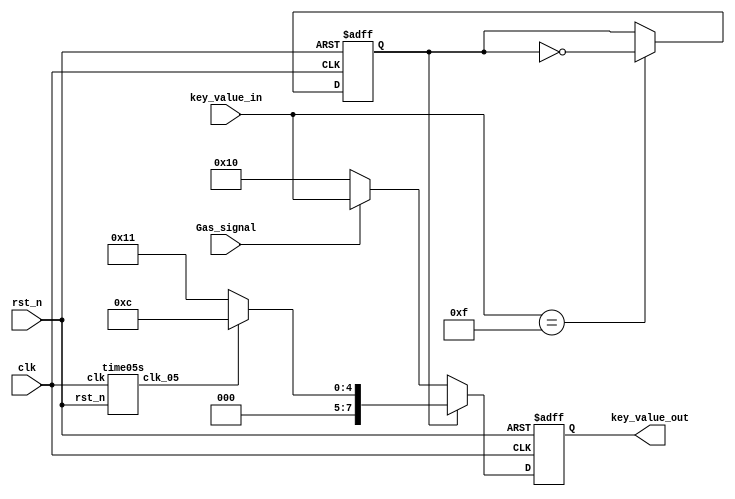
module automation(
							clk,
							rst_n,
							Gas_signal,
							key_value_in,
							key_value_out
						);
						
	input clk;
	input rst_n;
	input Gas_signal;
	input [7:0] key_value_in;
	output [7:0] key_value_out;
	
	wire clk,rst_n;
	
	wire Gas_signal; //
	
	wire [7:0] key_value_in;
	
	reg [7:0] key_value_out;
	
	wire clk_05;
	
	reg stat;
	
	//0.5
	time05s time05s(
							.clk(clk), //50MHz
							.rst_n(rst_n),
							.clk_05(clk_05)
						);
						
	always@(posedge clk or negedge rst_n) begin
		if(!rst_n) begin
			stat <= 0;
			end
		else if(key_value_in == 8'd15)
		   stat <= ! stat;
		else 
			stat <= stat;
	end
	
	
	always@(posedge clk or negedge rst_n) begin
		if(!rst_n) begin
			key_value_out <= 8'd17; //
			end
			
		else if(stat)  //
			if(clk_05) 
				key_value_out <= 8'd12; //
			else 
				key_value_out <= 8'd17; //
				
		else begin      //
			if(!Gas_signal)
				key_value_out <= 8'd16;
			else
				key_value_out <= key_value_in;
				end
		end
		
endmodule


module time05s(
					clk, //50MHz
					rst_n,
					clk_05
					);
	
	input clk; //50MHz
	input rst_n;//
	
	output clk_05;
	wire clk,rst_n;

	reg [27:0] cont;
	reg clk_05;
	//0.5
	always@(posedge clk or negedge rst_n)
		begin
			if(!rst_n) begin
				cont <= 0;
				clk_05 <= 0;
			end
			else if (cont == 28'd24999999)begin
				clk_05 <= 1;
				cont <= 28'd0;
				end
			else begin
				cont <= cont + 28'd1;
				clk_05 <= 0;
				end
		end
		
endmodule